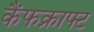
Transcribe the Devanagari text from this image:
कैंफक्राफ्ट